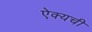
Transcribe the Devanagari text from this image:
ऐक्यची